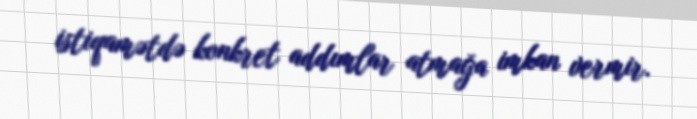
istiqamətdə konkret addımlar atmağa imkan vermir.